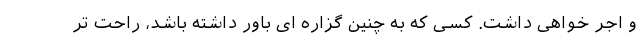
و اجر خواهی داشت. کسی که به چنین گزاره ای باور داشته باشد، راحت تر